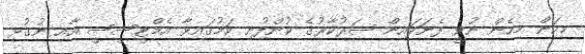
މިކަން މިހެން ނުވީ ފެނަކައިން ސަރުކާރުގެ ކުންފުނި ކަމުގައިވާ އެމްޓީސީސީ އާއި ނުގުޅި